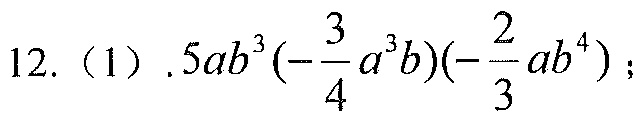
12.（1）.\(5ab^{3}(-\frac{3}{4}a^{3}b)(-\frac{2}{3}ab^{4})\)；